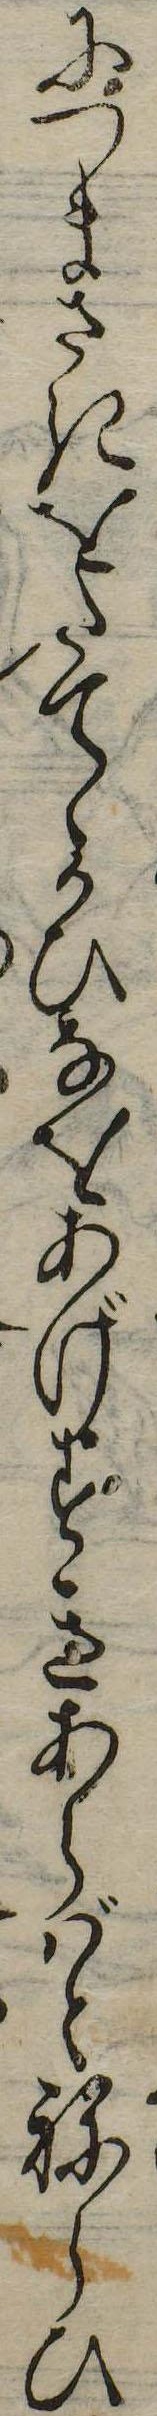
につまさきをたてゝかひなをあげすきあらばとねらひ